Bombay plague: being a history of the progress of plague in the Bombay presidency from September 1896 to June 1899
Year: 1896
Disease focus: Plague
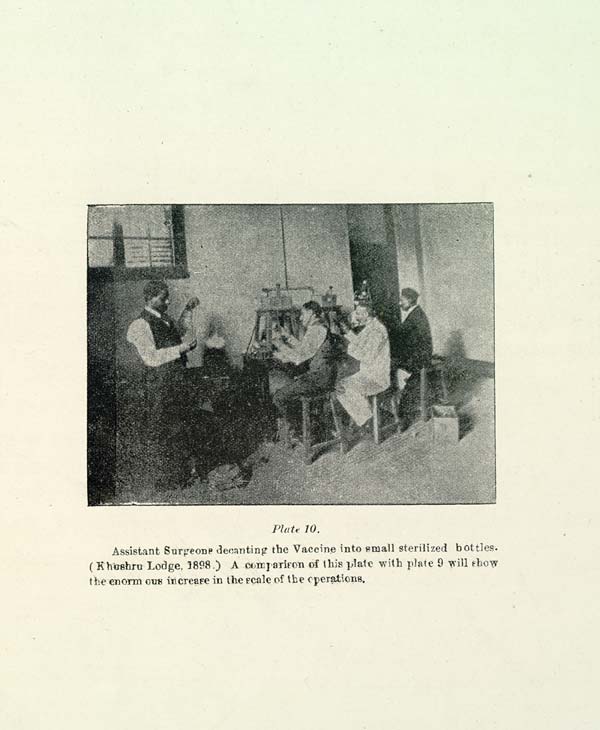
Plate 10.
Assistant Surgeons decanting the Vaccine into small sterilized bottles.
(Khushru Lodge, 1898.) A comparison of this plate with plate 9 will show
the enormous increase in the scale of the operations.